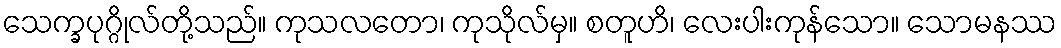
သေက္ခပုဂ္ဂိုလ်တို့သည်။ ကုသလတော၊ ကုသိုလ်မှ။ စတူဟိ၊ လေးပါးကုန်သော။ သောမနဿ